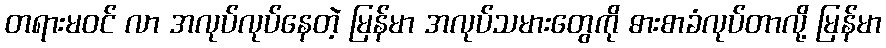
တရားမဝင် လာ အလုပ်လုပ်နေတဲ့ မြန်မာ အလုပ်သမားတွေကို ဓားစာခံလုပ်တာလို့ မြန်မာ